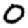
Digit: 0